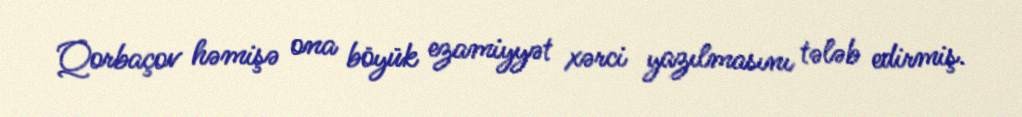
Qorbaçov həmişə ona böyük ezamiyyət xərci yazılmasını tələb edirmiş.